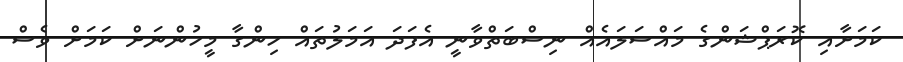
ކަމަށާއި ކޮރަޕްޝަންގެ މައްސަލައެއް ނިސްބަތްވާނީ އެފަދަ އަމަލުތައް ހިންގާ މީހުންނަށް ކަމަށް ވެސް